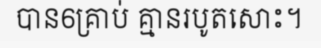
បាន6គ្រាប់ គ្មានរបូតសោះ។